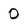
Character: 0